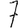
Digit: 7